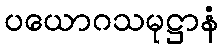
ပယောဂသမုဋ္ဌာနံ